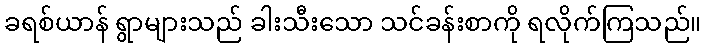
ခရစ်ယာန် ရွာများသည် ခါးသီးသော သင်ခန်းစာကို ရလိုက်ကြသည်။